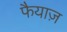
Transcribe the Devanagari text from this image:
फैयाज़